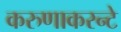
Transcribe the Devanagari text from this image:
करुणाकरन्टे